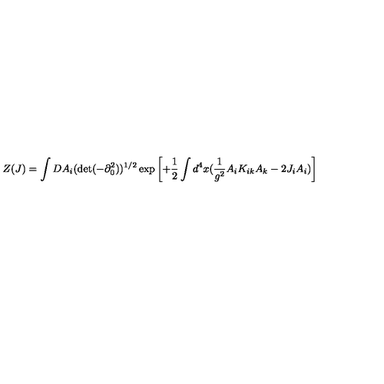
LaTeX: Z ( J ) = \int D A _ { i } ( \det ( - \partial _ { 0 } ^ { 2 } ) ) ^ { 1 / 2 } \exp \left[ + \frac { 1 } { 2 } \int d ^ { 4 } x ( \frac { 1 } { g ^ { 2 } } A _ { i } K _ { i k } A _ { k } - 2 J _ { i } A _ { i } ) \right]